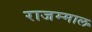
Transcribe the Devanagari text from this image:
राजम्माल